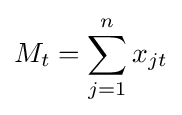
M_{t}=\sum _{j=1}^{n}x_{jt}